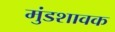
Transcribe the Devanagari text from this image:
मुंडशावक